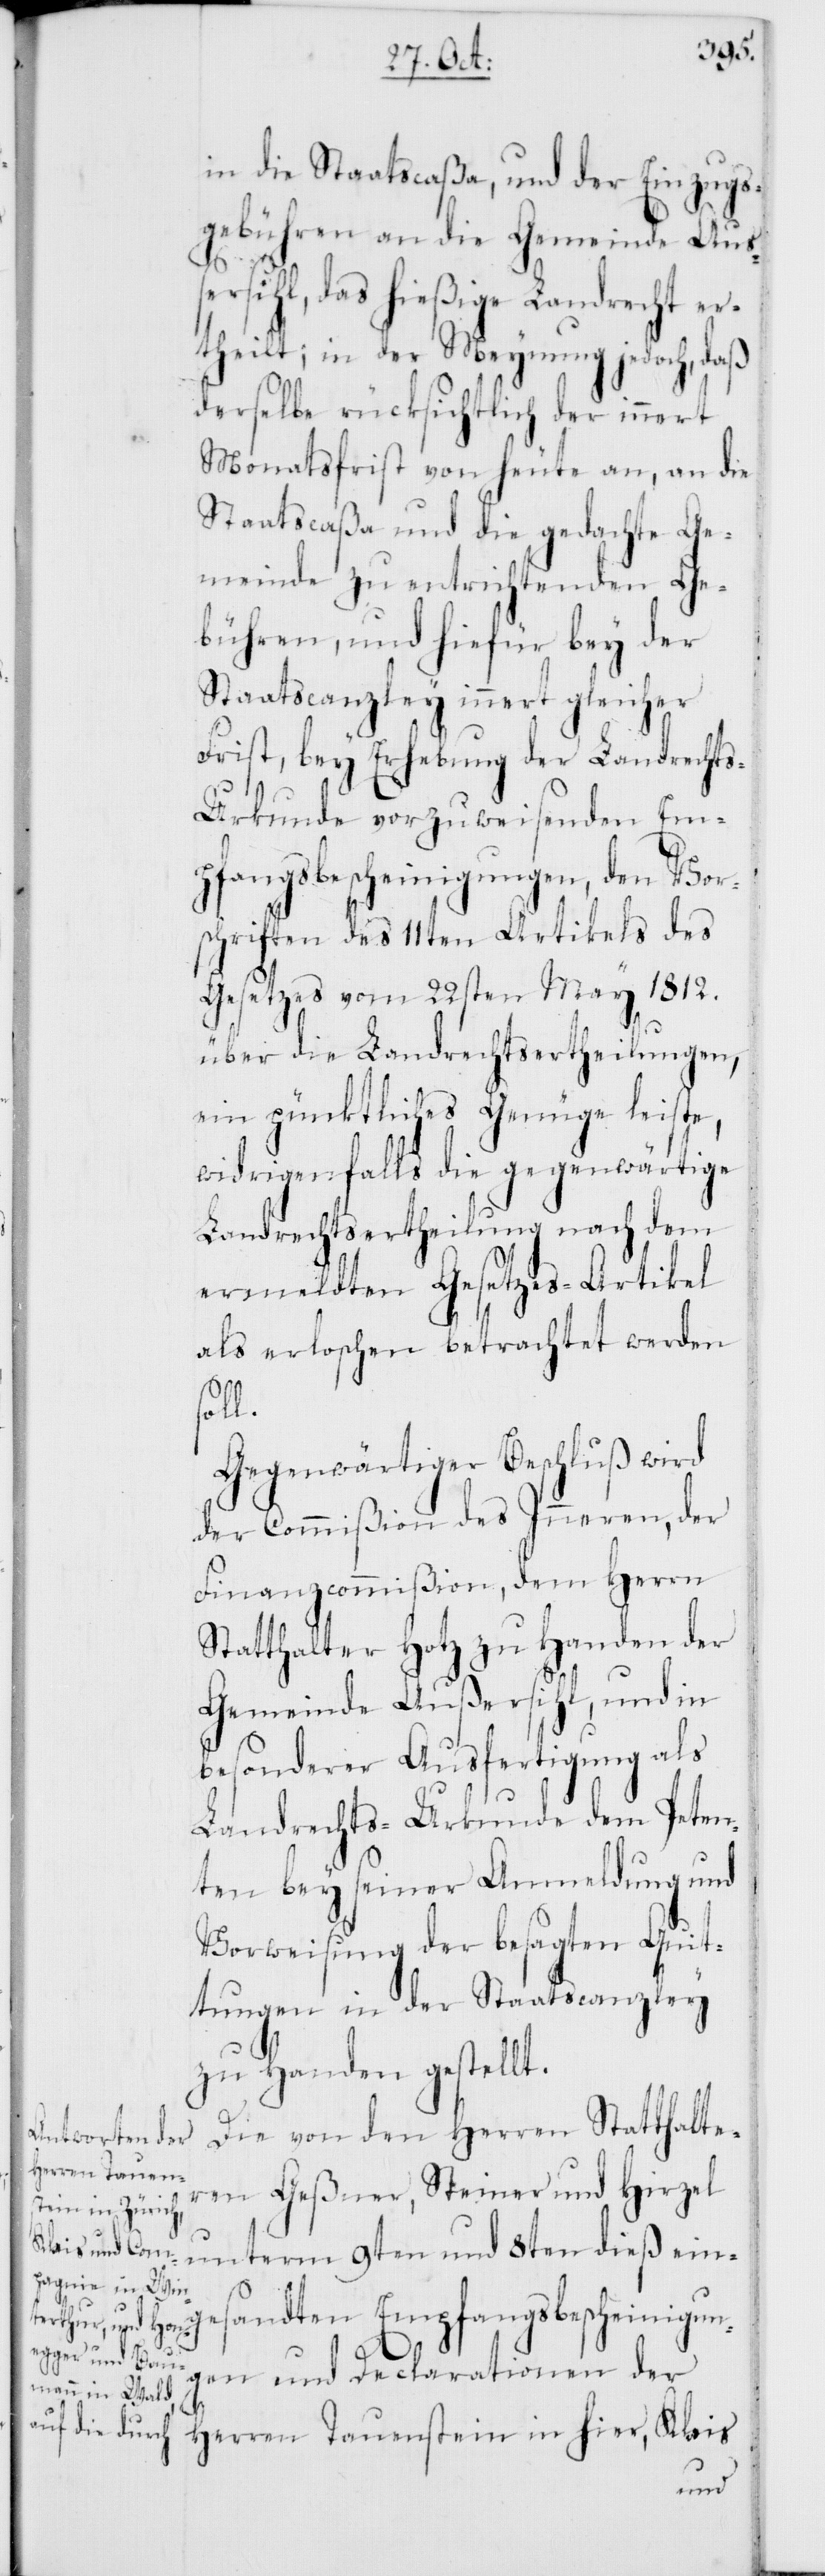
stein
in die Staatscaßa, und der Einzugs¬
gebühren an die Gemeinde Auß¬
ersihl, das hießige Landrecht er¬
theilt; in der Meynung jedoch, daß
derselbe rücksichtlich der innert
Monatsfrist von heute an, an die
Staatscaßa und die gedachte Ge¬
meinde zu entrichtenden Ge¬
bühren, und hiefür bey der
Staatscanzley innert gleicher
Frist, bey Erhebung der Landrechts¬
urkunde vorzuweisenden Em¬
pfangsbescheinigungen, den Vor¬
schriften des 11ten Artikels des
Gesetzes vom 22sten May 1812.
über die Landrechtsertheilungen,
ein pünktliches Genüge leiste,
widrigenfalls die gegenwärtige
Landrechtsertheilung nach dem
ermeldten Gesetzes-Artikel
als erloschen betrachtet werden
soll.
Gegenwärtiger Beschluß wird
der Commißion des Inneren, der
Finanzcommißion, dem Herrn
Statthalter Hotz zu Handen der
Gemeinde Außersihl, und in
besonderer Ausfertigung als
Landrechts-Urkunde dem Peten¬
ten bey seiner Anmeldung und
Vorweisung der besagten Quit¬
tungen in der Staatscanzley
zu Handen gestellt.
Die von den Herren Statthalter¬
Herren Tauen¬
en Geßner, Steiner und Hirzel
unterm 9ten und 8ten dieß e¬
ingesandten Empfangsbescheinigun¬
gen und Declarationen der